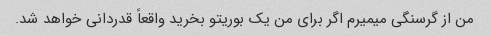
من از گرسنگی میمیرم اگر برای من یک بوریتو بخرید واقعاً قدردانی خواهد شد.